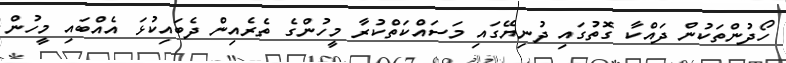
ހޯދުންތަކުން ދައްކާ ގޮތުގައި ދުނިޔޭގައި މަސައްކަތްކުރާ މީހުންގެ ތެރެއިން ދެބައިކުޅަ އެއްބައި މީހުން